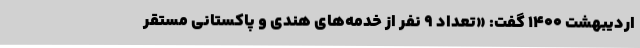
اردیبهشت ۱۴۰۰ گفت: «تعداد ۹ نفر از خدمه‌های هندی و پاکستانی مستقر